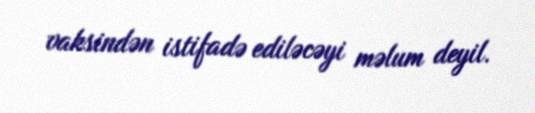
vaksindən istifadə ediləcəyi məlum deyil.